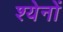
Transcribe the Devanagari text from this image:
श्येनों